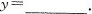
y=\underline.